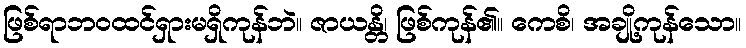
ဖြစ်ရာဘဝထင်ရှားမရှိကုန်ဘဲ။ ဇာယန္တိ၊ ဖြစ်ကုန်၏။ ကေစိ၊ အချို့ကုန်သော။